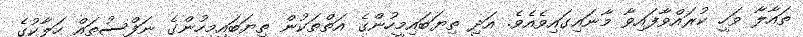
ތައާލާ ވަހީ ކުރައްވާފައިވާ މާނައިގައިވެއެވެ. އަދި ތިޔަބައިމީހުންގެ އަތްތަކުން ތިޔަބައިމީހުންގެ ނަފްސުތައް ހަލާކުގެ